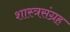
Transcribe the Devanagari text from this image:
शास्त्रसंग्रह